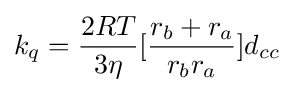
k_{q}={\frac {2RT}{3\eta }}[{\frac {r_{b}+r_{a}}{r_{b}r_{a}}}]d_{cc}